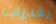
بقدرات